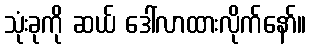
သုံးခုကို ဆယ် ဒေါ်လာထားလိုက်နော်။